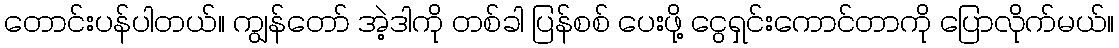
တောင်းပန်ပါတယ်။ ကျွန်တော် အဲ့ဒါကို တစ်ခါ ပြန်စစ် ပေးဖို့ ငွေရှင်းကောင်တာကို ပြောလိုက်မယ်။